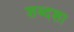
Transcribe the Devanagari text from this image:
शब्दशा